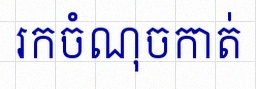
រកចំណុចកាត់